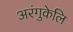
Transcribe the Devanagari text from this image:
अरंगुकेलि